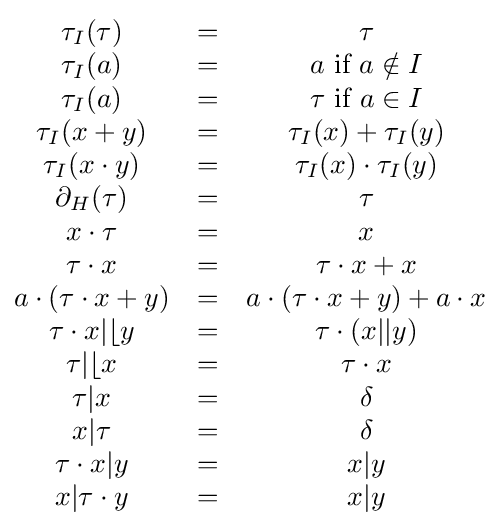
{\begin{matrix}\tau _{I}(\tau )&=&\tau \\\tau _{I}(a)&=&a{\mbox{ if }}a\notin I\\\tau _{I}(a)&=&\tau {\mbox{ if }}a\in I\\\tau _{I}(x+y)&=&\tau _{I}(x)+\tau _{I}(y)\\\tau _{I}(x\cdot y)&=&\tau _{I}(x)\cdot \tau _{I}(y)\\\partial _{H}(\tau )&=&\tau \\x\cdot \tau &=&x\\\tau \cdot x&=&\tau \cdot x+x\\a\cdot (\tau \cdot x+y)&=&a\cdot (\tau \cdot x+y)+a\cdot x\\\tau \cdot x\vert \lfloor y&=&\tau \cdot (x\vert \vert y)\\\tau \vert \lfloor x&=&\tau \cdot x\\\tau \vert x&=&\delta \\x\vert \tau &=&\delta \\\tau \cdot x\vert y&=&x\vert y\\x\vert \tau \cdot y&=&x\vert y\end{matrix}}